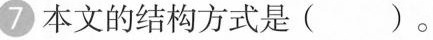
7本文的结构方式是( )。